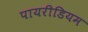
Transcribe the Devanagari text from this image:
पायरीडियम